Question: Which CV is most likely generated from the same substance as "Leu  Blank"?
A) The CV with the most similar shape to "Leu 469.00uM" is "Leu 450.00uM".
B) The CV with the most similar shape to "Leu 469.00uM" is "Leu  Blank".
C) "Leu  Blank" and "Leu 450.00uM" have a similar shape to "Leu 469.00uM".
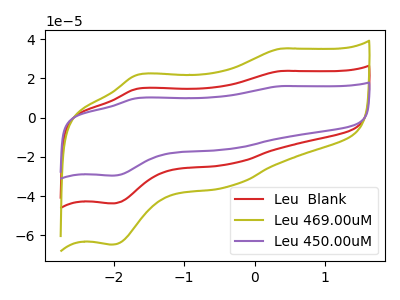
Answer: <think>The red curve "Leu  Blank" has anodic peaks at (0.35V, 23.80uA) (-1.65V, 14.75uA) and cathodic peaks at (-0.40V, -23.75uA) (-2.05V, -43.75uA). The olive curve "Leu 469.00uM" has anodic peaks at (0.35V, 35.20uA) (-1.65V, 21.85uA) and cathodic peaks at (-0.40V, -35.15uA) (-2.05V, -64.75uA). The purple curve "Leu 450.00uM" has anodic peaks at (0.35V, 47.55uA) (-1.65V, 29.55uA) and cathodic peaks at (-0.40V, -47.50uA) (-2.05V, -87.50uA).
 All the peaks in "Leu  Blank" have a peak in "Leu 469.00uM" at the same potential. Every peak in "Leu  Blank" is lower than every peak in "Leu 469.00uM". All the peaks in "Leu  Blank" have a peak in "Leu 450.00uM" at the same potential. Every peak in "Leu  Blank" is lower than every peak in "Leu 450.00uM". All the peaks in "Leu 469.00uM" have a peak in "Leu 450.00uM" at the same potential. Every peak in "Leu 469.00uM" is lower than every peak in "Leu 450.00uM".</think>
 <answer>C) "Leu  Blank" and "Leu 450.00uM" have a similar shape to "Leu 469.00uM".</answer>
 <eval>C</eval>